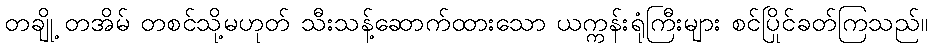
တချို့ တအိမ် တစင်သို့မဟုတ် သီးသန့်ဆောက်ထားသော ယက္ကန်းရုံကြီးများ စင်ပြိုင်ခတ်ကြသည်။